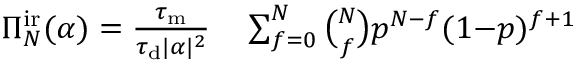
\begin{array} { r l } { \Pi _ { N } ^ { \mathrm { i r } } ( \alpha ) = \frac { \tau _ { \mathrm { m } } } { \tau _ { \mathrm { d } } | \alpha | ^ { 2 } } } & { { } \sum _ { f = 0 } ^ { N } \binom { N } { f } p ^ { N - f } ( 1 { - } p ) ^ { f + 1 } } \end{array}